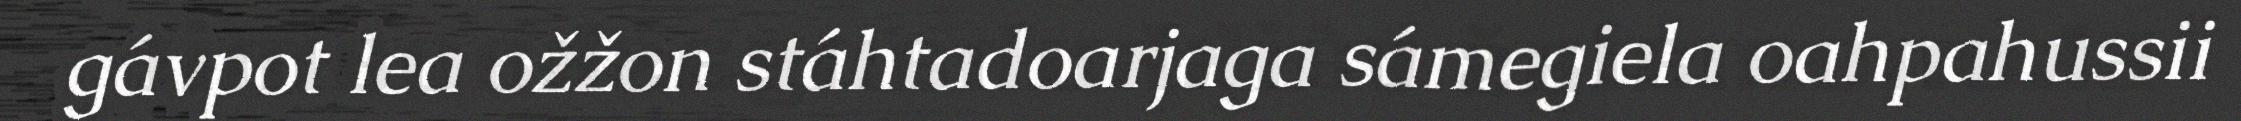
gávpot lea ožžon stáhtadoarjaga sámegiela oahpahussii